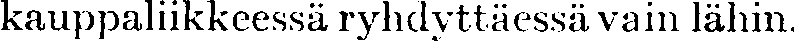
kauppaliikkeessä ryhdyttäessä vain lähin.